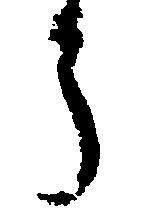
う